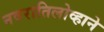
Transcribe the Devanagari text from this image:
नवरातिलोव्हाने